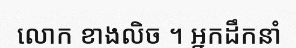
លោក ខាងលិច ។ អ្នកដឹកនាំ